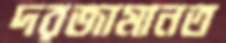
দরজামানত